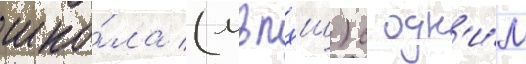
шко́ла (мвпхш) с одн'и́м